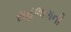
સહભાગની